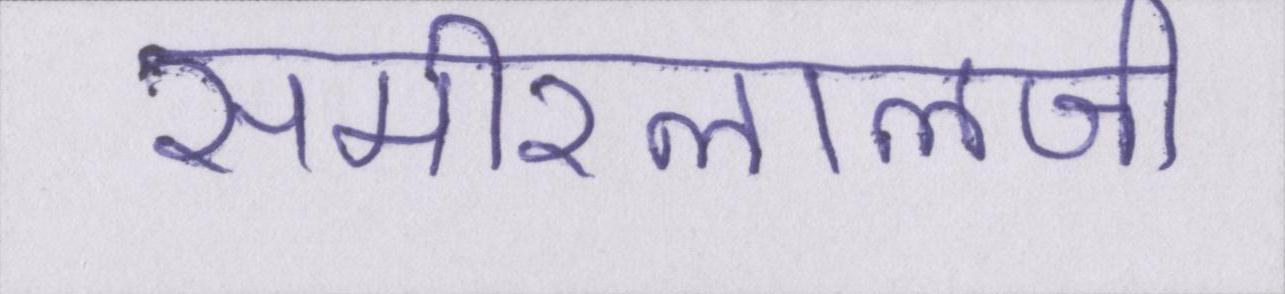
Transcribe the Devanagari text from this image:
समीरलालजी